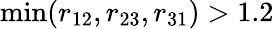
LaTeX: \operatorname*{min}(r_{12},r_{23},r_{31})>1.2